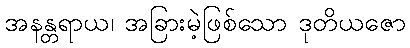
အနန္တရာယ၊ အခြားမဲ့ဖြစ်သော ဒုတိယဇော